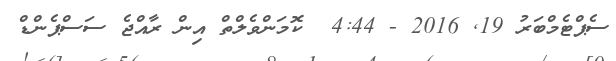
ސެޕްޓެމްބަރު 19